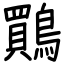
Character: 鷶